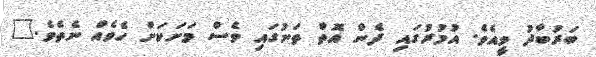
ބަރުބާދު ވީއެވެ. އުމުރުގައި ދެން އޮތް ތަނުގައި ވެސް މަށަކަށް ހެވެއް ނެތެވެ."